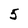
Character: 5